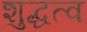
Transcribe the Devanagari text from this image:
शुद्धत्व